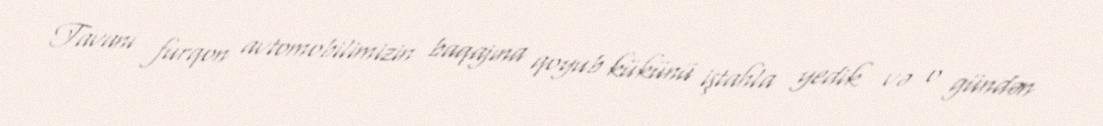
Tavanı furqon avtomobilimizin baqajına qoyub kükünü iştahla yedik və o gündən